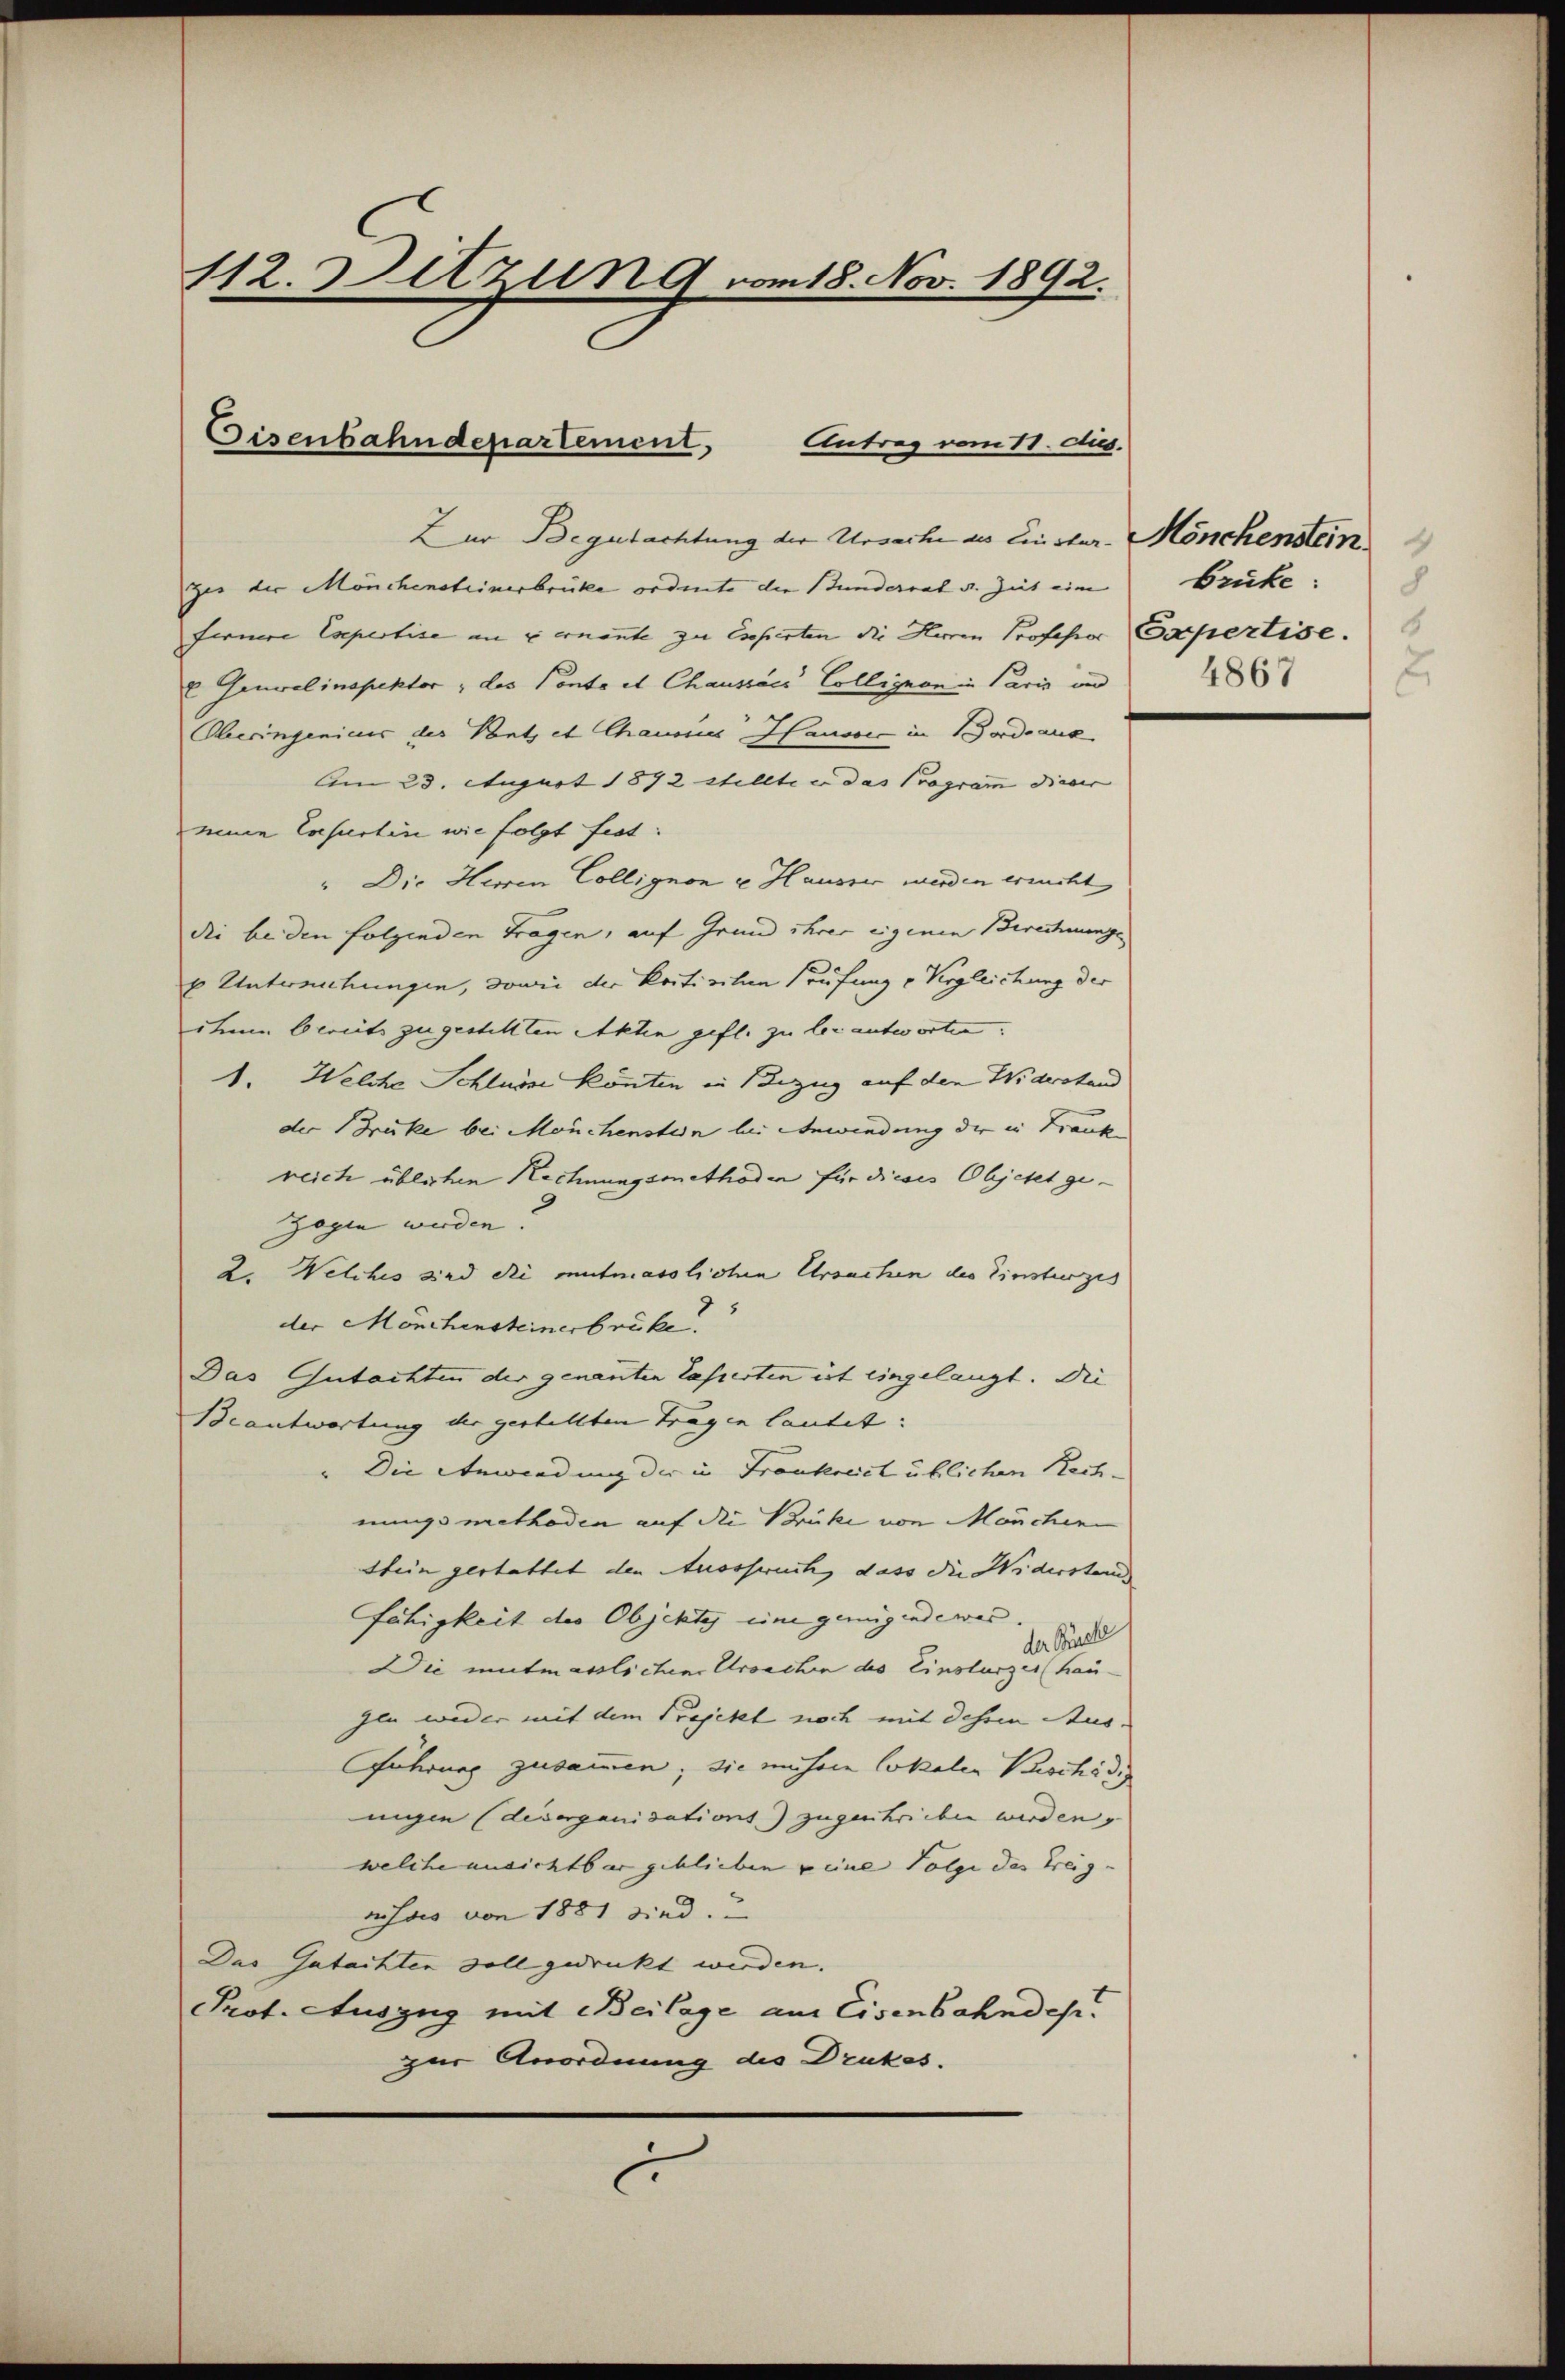
112. Sitzung vom 18. Nov. 1892.

Eisenbahndepartement,
Antrag vom 11. dus.

Zur Begutachtung der Ursache als Einstur- Mönchenstein
ges der Mönchensteinerbrücke ordnete die Bunderrat v. Zeit eine
fernere Expertise an u ernannte zu Esperten die Herren Professor
 Generalinspektor, das Conto et Chausses Colligion in Paris und
Oberingenicus des Kants et Chausses Hanovic in Bordeaux
Am 23. August 1872 stellte er das Programm dieser
minen Casurtin wie folgt fest:
" Die Herren Collignon u. Hausser werden erricht
die beden folgenden Tragen, auf Grund ihrer eigenen Berechnunge
u Untersuchungen, sowie der Kostischen Prüfung u Vergleichung der
ihnen bereits zugestellten Akten gefl. zu ler antworten.
1. Welche Schlusse könten in Bezug auf den Widerstand
der Brüke bei Mönchenstein bei Anwendung der in Frank
reich üblichen Rechnungsmethoden für dieses Objekt gezogen werden.
2. Welches sind die mutmasslichen Ursachen des Einsturzes
der Mönchensteinerbrücke.
Das Gutachten der genanten lasserten ist eingelangt. Die
Beantwortung der gestellten Tragen lautet:
" Die Anwendung der in Frankreich üblichen Rechnungsmethoden auf die Brücke von Mönchen
Stein gestattet den Ausspruch, dass die Widerstand
fähigkeit des Objektes eine genügendewes
ler. Gretl
Die mutmasslichen Ursachen des Einsturzer (Hau
gln weder mit dem Projekt noch mit dehen Aus¬
Cführung zusammen; sie müssen lokalen Beschädig
ungen (diverganisations.) zugeschrieben werden.
welche ansichtbar geblieben peine Folge des Kreis-
nisses von 1881 sind.
Das Gutachten soll gedruckt werden.
Prof. Auszug mit Beilage am Eisenbahndes.
zur Anordnung des Drukes.
.

Brücke:
Expertise.
4867
.